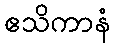
ဧသိကာနံ